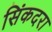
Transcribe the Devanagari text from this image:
सिंकदरा